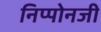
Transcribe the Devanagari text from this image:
निप्पोनजी